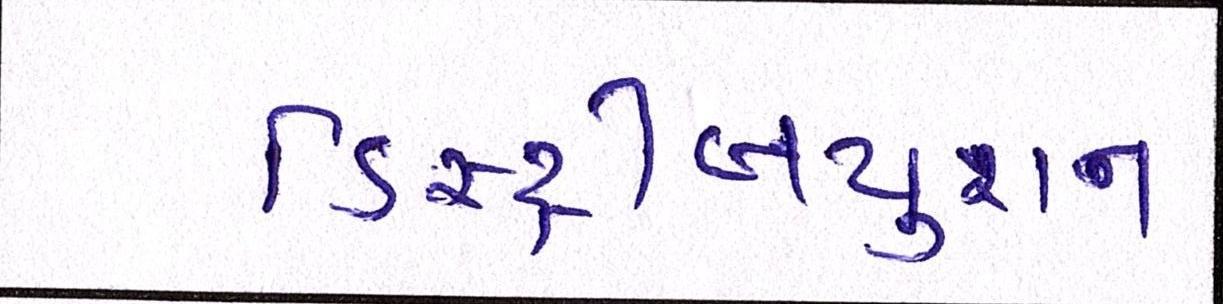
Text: ડિસ્ટ્રીબયુશન